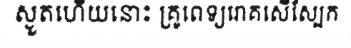
ស្ងួតហើយនោះ គ្រូពេទ្យរោគសើស្បែក